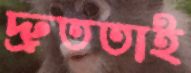
দ্রুততাই